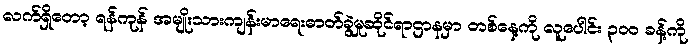
လက်ရှိတော့ ရန်ကုန် အမျိုးသားကျန်းမာရေးဓာတ်ခွဲမှုဆိုင်ရာဌာနမှာ တစ်နေ့ကို လူပေါင်း ၃၀၀ ခန့်ကို